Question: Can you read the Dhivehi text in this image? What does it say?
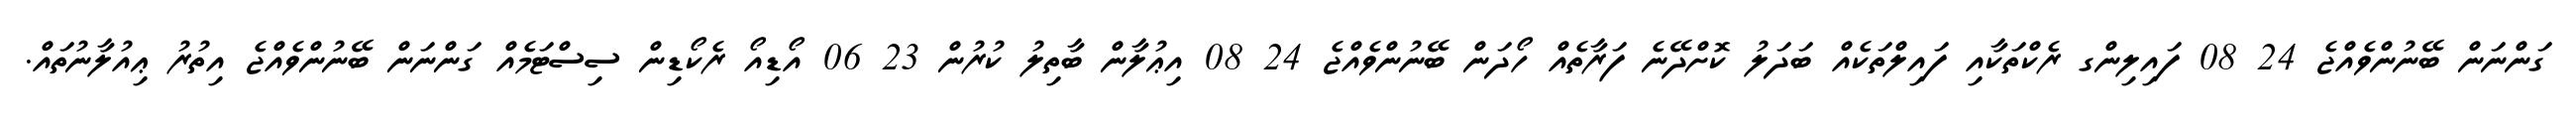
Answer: ގަންނަން ބޭނުންވެއްޖެ 24 08 ފައިލިންގ ރެކްތަކާއި ފައިލްތަކެއް ބަދަލު ކޮށްދޭނެ ފަރާތެއް ހޯދަން ބޭނުންވެއްޖެ 24 08 އިޢުލާން ބާތިލު ކުރުން 23 06 އޯޑިއޯ ރެކޯޑިން ސިސްޓަމެއް ގަންނަން ބޭނުންވެއްޖެ އިތުރު ޢިއުލާނުތައް.